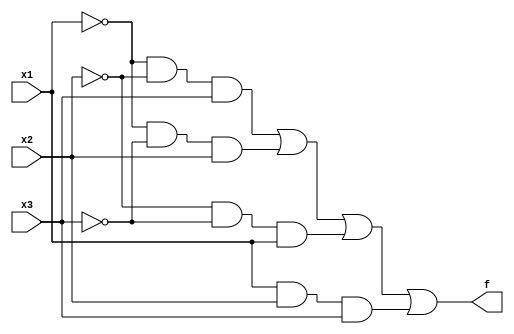
module Exercise2_60 (input x1, input x2, input x3, output f);
	and (andgate1, ~x1, ~x2, x3);
	and (andgate2, ~x1, ~x3, x2);
	and (andgate3, ~x2, ~x3, x1);
	and (andgate4, x1, x2, x3);
	or (f, andgate1, andgate2, andgate3, andgate4);
endmodule